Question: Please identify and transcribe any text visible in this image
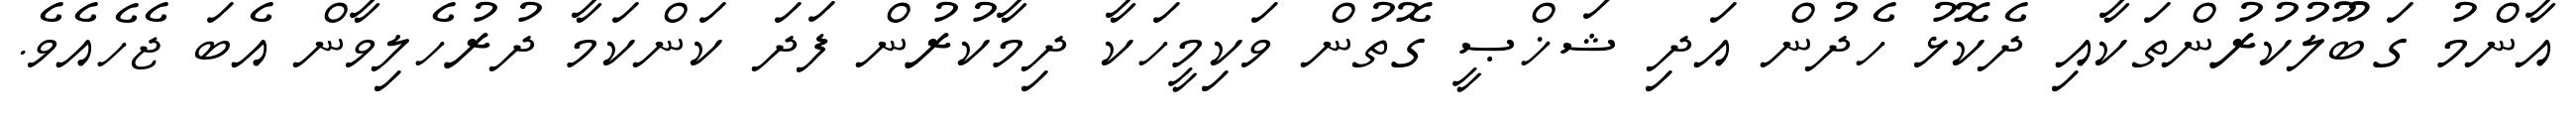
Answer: އާންމު ގަބޫލުކުރުންތަކާއި ދެކޮޅު ހެދުން އަދި ޝަޚްޞީ ގޮތުން ވަކިމީހަކާ ދިމާކުރުން ފަދަ ކަންކަމާ ދުރުހެލިވާން އެބަ ޖެހެއެވެ.